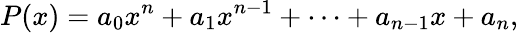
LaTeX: P(x)=a_{0}x^{n}+a_{1}x^{n-1}+\cdots+a_{n-1}x+a_{n},